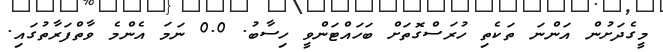
މީގެދަށުން އަންނަ ތަކެތި ހުރަސްގޮތަށް ބަހައްޓަންވީ ހިސާބު. 0.0 ނަމަ އެންމެ ވާތްފަރާތުގައި.